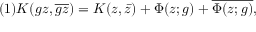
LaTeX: ( 1 ) K ( g z , \overline { { { g z } } } ) = K ( z , \bar { z } ) + \Phi ( z ; g ) + \overline { { { \Phi ( z ; g ) } } } ,